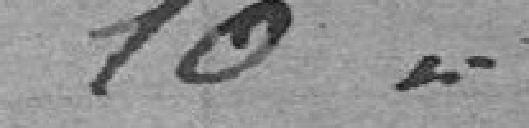
10 francs